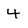
Character: 4